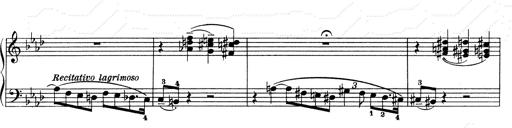
Title: Weinen, Klagen, Sorgen, Zagen
Composer: Franz Liszt